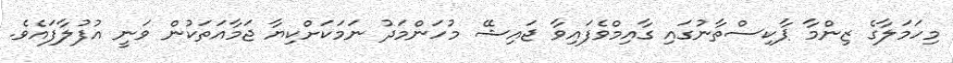
މިހަމަލާގެ ޒިންމާ ޕާކިސްތާނުގައި ގާއިމްވެފައިވާ ޖައިޝޭ މުހަންމަދު ނަމަކަށްކިޔާ ޖަމާއަތަކުން ވަނީ އުފުލާފައެވެ.